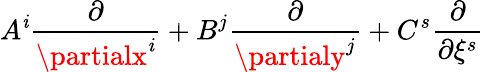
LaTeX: A^{\mathit{i}}\frac{{\partial}}{{\partialx^{\mathit{i}}}}+B^{j}\frac{{\partial}}{{\partialy^{j}}}+C^{s}\frac{{\partial}}{{\partial\xi^{s}}}